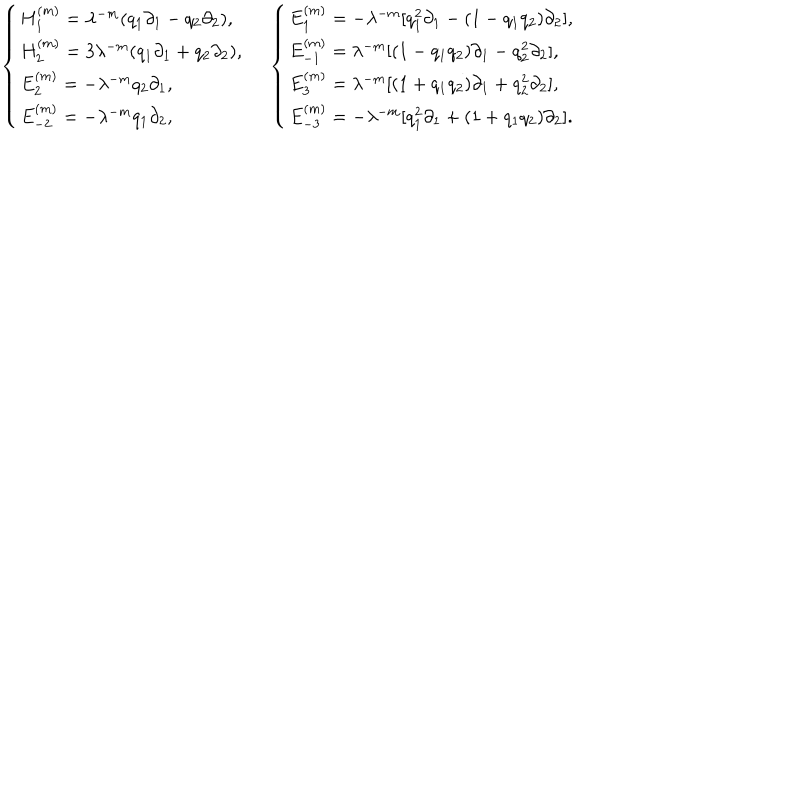
LaTeX: \left. \begin{array} { l l } { { { \left\{ \begin{array} { l } { { H _ { 1 } ^ { ( m ) } = \lambda ^ { - m } ( q _ { 1 } \partial _ { 1 } - q _ { 2 } \partial _ { 2 } ) , \, \, } } \\ { { H _ { 2 } ^ { ( m ) } = 3 \lambda ^ { - m } ( q _ { 1 } \partial _ { 1 } + q _ { 2 } \partial _ { 2 } ) , \, \, } } \\ { { E _ { 2 } ^ { ( m ) } = - \lambda ^ { - m } q _ { 2 } \partial _ { 1 } , \, \, } } \\ { { E _ { - 2 } ^ { ( m ) } = - \lambda ^ { - m } q _ { 1 } \partial _ { 2 } , \, \, } } \\ \end{array} \right. } } } & { { { \left\{ \begin{array} { l } { { E _ { 1 } ^ { ( m ) } = - \lambda ^ { - m } [ q _ { 1 } ^ { 2 } \partial _ { 1 } - ( 1 - q _ { 1 } q _ { 2 } ) \partial _ { 2 } ] , \, \, } } \\ { { E _ { - 1 } ^ { ( m ) } = \lambda ^ { - m } [ ( 1 - q _ { 1 } q _ { 2 } ) \partial _ { 1 } - q _ { 2 } ^ { 2 } \partial _ { 2 } ] , \, \, } } \\ { { E _ { 3 } ^ { ( m ) } = \lambda ^ { - m } [ ( 1 + q _ { 1 } q _ { 2 } ) \partial _ { 1 } + q _ { 2 } ^ { 2 } \partial _ { 2 } ] , \, \, } } \\ { { E _ { - 3 } ^ { ( m ) } = - \lambda ^ { - m } [ q _ { 1 } ^ { 2 } \partial _ { 1 } + ( 1 + q _ { 1 } q _ { 2 } ) \partial _ { 2 } ] . } } \\ \end{array} \right. } } } \\ \end{array} \right.